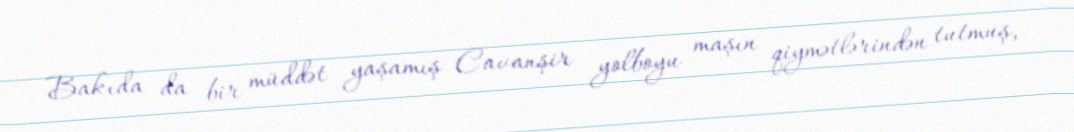
Bakıda da bir müddət yaşamış Cavanşir yolboyu maşın qiymətlərindən tutmuş,